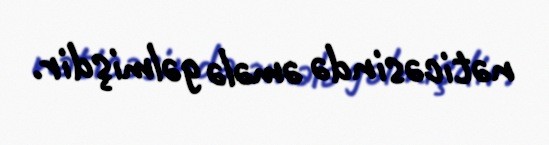
nəticəsində əmələ gəlmişdir.